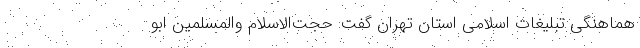
هماهنگی تبلیغات اسلامی استان تهران گفت: حجت‌الاسلام والمسلمین ابو